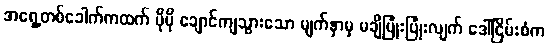
အရှေ့တစ်ခေါက်ကထက် ပိုမို ချောင်ကျသွားသော မျက်နှာမှ မချိပြုံးပြုံးလျက် ဒေါ်ငြိမ်းစံက